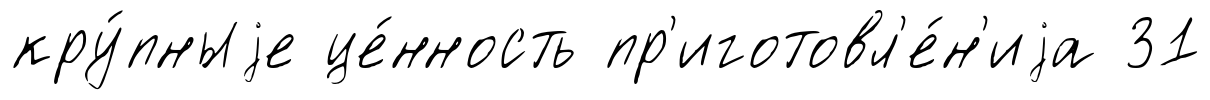
кру́пныjе це́нность пр'иготовл'е́н'иjа 31